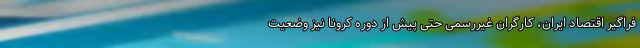
فراگیر اقتصاد ایران، کارگران غیررسمی حتی پیش از دوره کرونا نیز وضعیت